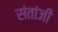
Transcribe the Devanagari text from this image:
संतांजी